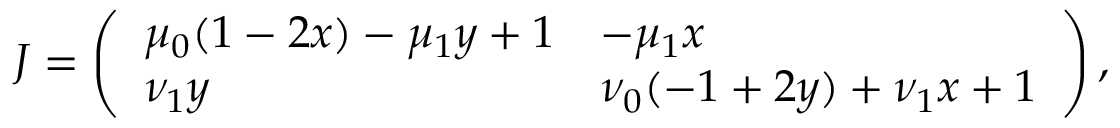
J = \left( \begin{array} { l l } { \mu _ { 0 } ( 1 - 2 x ) - \mu _ { 1 } y + 1 } & { - \mu _ { 1 } x } \\ { \nu _ { 1 } y } & { \nu _ { 0 } ( - 1 + 2 y ) + \nu _ { 1 } x + 1 } \end{array} \right) ,